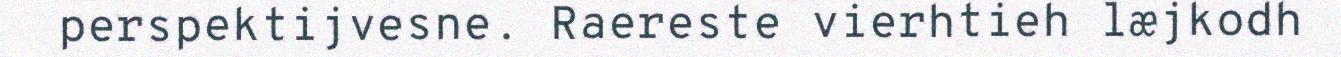
perspektijvesne. Raereste vierhtieh læjkodh